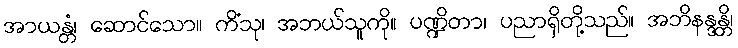
အာယန္တံ၊ ဆောင်သော။ ကိံသု၊ အဘယ်သူကို။ ပဏ္ဍိတာ၊ ပညာရှိတို့သည်။ အဘိနန္ဒန္တိ၊